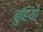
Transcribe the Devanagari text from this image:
बुहियो